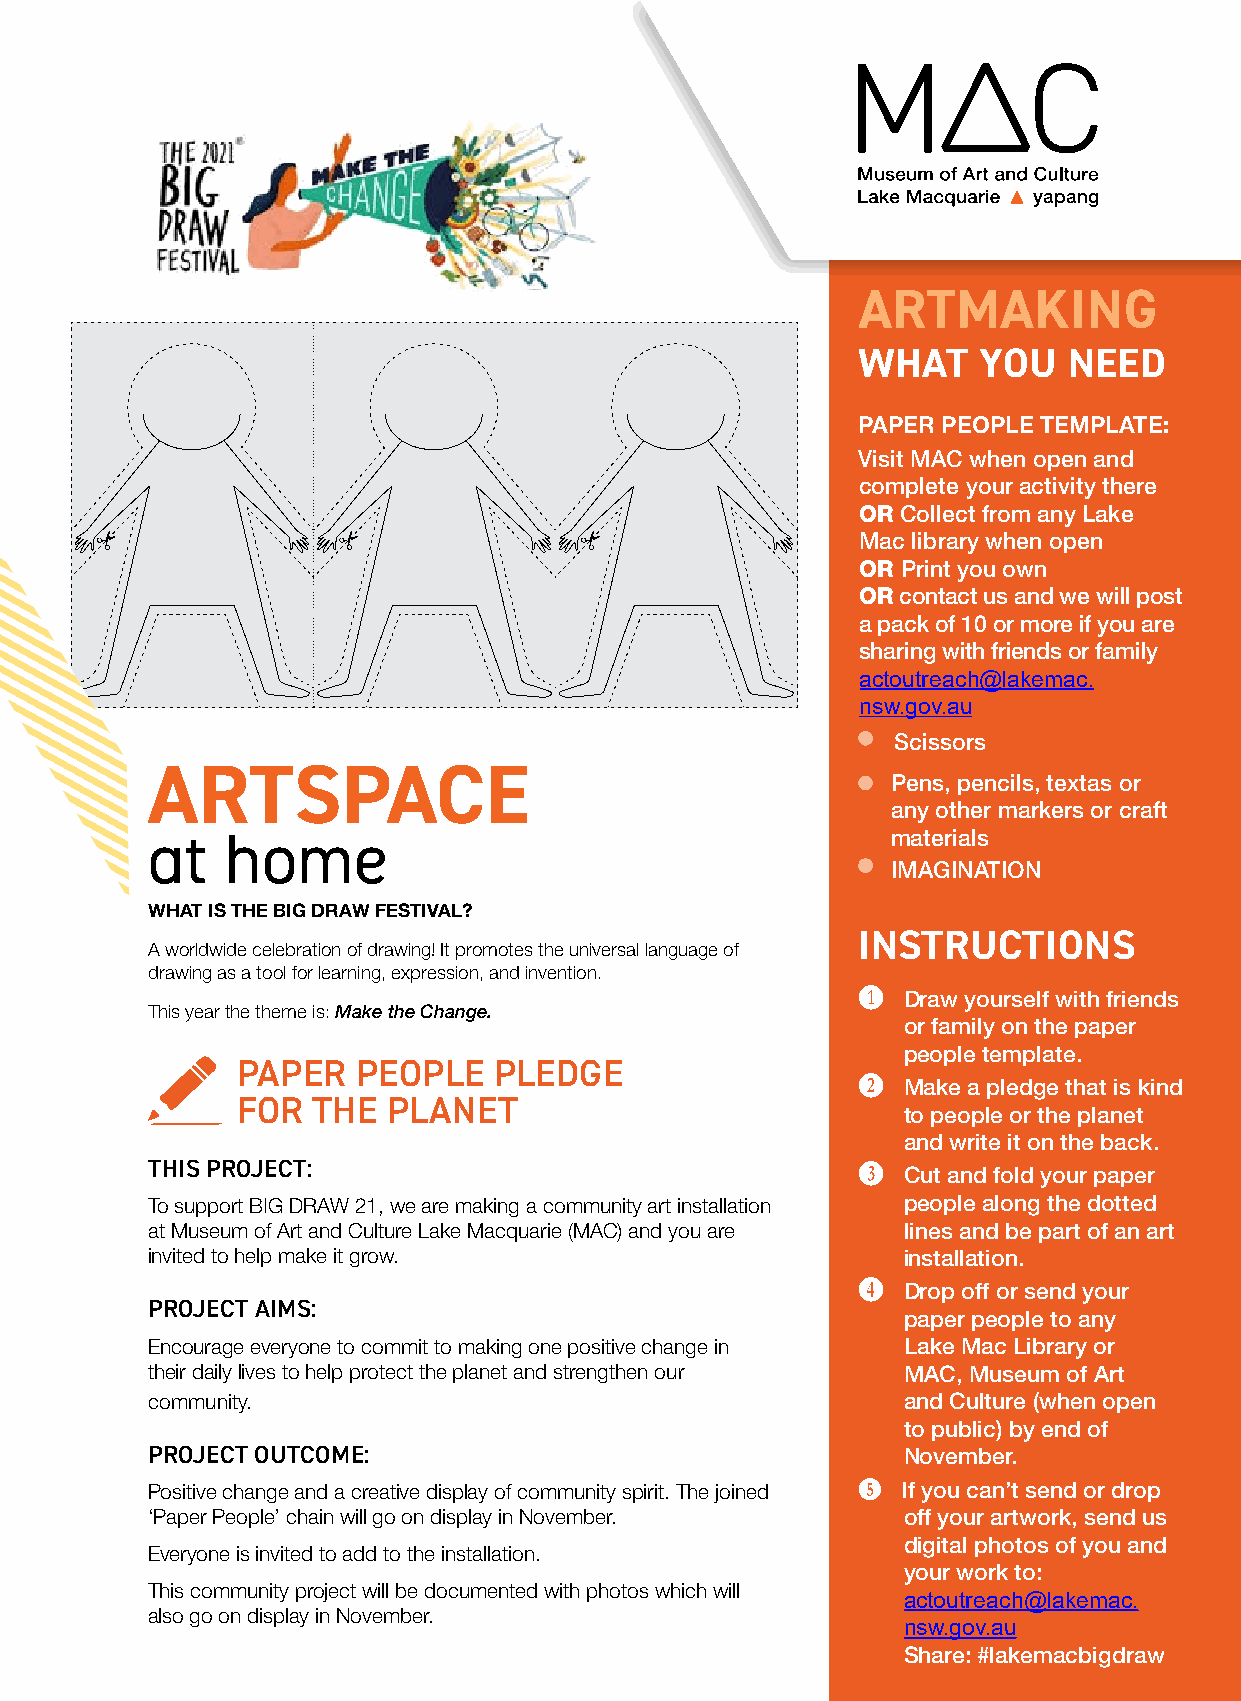
yapang
 ARTMAKING
 WHAT    YOU   NEED
 PAPER PEOPLE TEMPLATE:
 Visit MAC when open and
 complete your activity there
 OR Collect from any Lake
 Mac library when open
 OR Print you own
 OR contact us and we will post
 a pack of 10 or more if you are
 sharing with friends or family
 actoutreach@lakemac.
 nsw.gov.au
 Scissors
 ARTSPACE
 Pens, pencils, textas or
 any other markers or craft
 at   home                                        materials
 IMAGINATION
 WHAT IS THE BIG DRAW FESTIVAL?
 INSTRUCTIONS
 A worldwide celebration of drawing! It promotes the universal language of
 drawing as a tool for learning, expression, and invention.
 B  Draw yourself with friends
 This year the theme is: Make the Change.
 or family on the paper
 people template.
 PAPER   PEOPLE   PLEDGE
 C  Make a pledge that is kind
 FOR  THE  PLANET
 to people or the planet
 and write it on the back.
 THIS PROJECT:                                  D  Cut and fold your paper
 To support BIG DRAW 21, we are making a community art installation people along the dotted
 at Museum of Art and Culture Lake Macquarie (MAC) and you are lines and be part of an art
 invited to help make it grow.                     installation.
 E  Drop off or send your
 PROJECT AIMS:
 paper people to any
 Encourage everyone to commit to making one positive change in Lake Mac Library or
 their daily lives to help protect the planet and strengthen our MAC, Museum of Art
 community.                                        and Culture (when open
 to public) by end of
 PROJECT OUTCOME:                                  November.
 Positive change and a creative display of community spirit. The joined F If you can’t send or drop
 ‘Paper People’ chain will go on display in November. off your artwork, send us
 digital photos of you and
 Everyone is invited to add to the installation.
 your work to:
 This community project will be documented with photos which will
 actoutreach@lakemac.
 also go on display in November.
 nsw.gov.au
 Share: #lakemacbigdraw